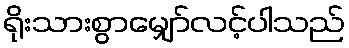
ရိုးသားစွာမျှော်လင့်ပါသည်